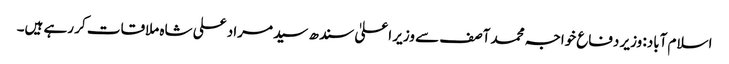
اسلام آباد: وزیر دفاع خواجہ محمد آصف سے وزیر اعلیٰ سندھ سید مراد علی شاہ ملاقات کر رہے ہیں۔